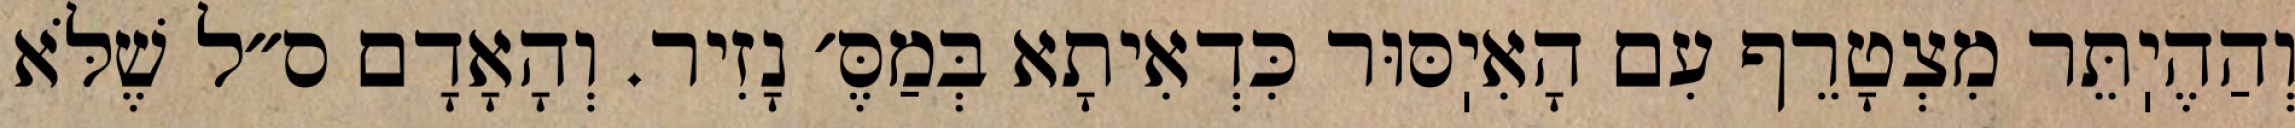
וְהַהֶיֽתֵּר מִצְטָרֵף עִם הָאִיֽסּוּר כִּדְאִיתָא בְּמַסֶּ׳ נָזִיר. וְהָאָדָם ס״ל שֶׁלֹּא